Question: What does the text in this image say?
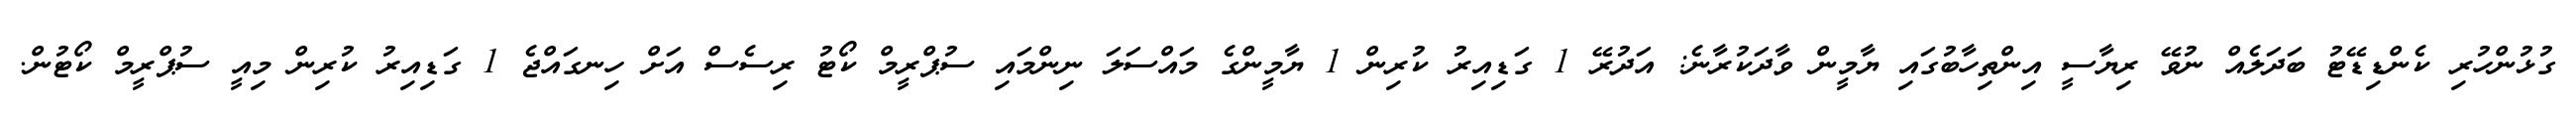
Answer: ގުޅުންހުރި ކެންޑިޑޭޓު ބަދަލެއް ނުވޭ ރިޔާސީ އިންތިހާބުގައި ޔާމީން ވާދަކުރާނެ: އަދުރޭ 1 ގަޑިއިރު ކުރިން 1 ޔާމީންގެ މައްސަލަ ނިންމައި ސުޕްރީމް ކޯޓު ރިސެސް އަށް ހިނގައްޖެ 1 ގަޑިއިރު ކުރިން މިއީ ސުޕްރީމް ކޯޓުން.